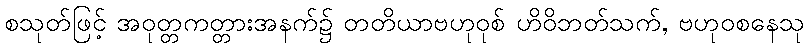
စသုတ်ဖြင့် အဝုတ္တကတ္တားအနက်၌ တတိယာဗဟုဝုစ် ဟိဝိဘတ်သက်, ဗဟုဝစနေသု